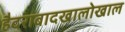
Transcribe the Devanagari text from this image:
हैदराबादखालोखाल